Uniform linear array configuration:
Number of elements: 8
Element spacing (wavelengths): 0.25
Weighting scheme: kaiser
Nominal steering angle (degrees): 30
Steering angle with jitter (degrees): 31.15
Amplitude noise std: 0.05
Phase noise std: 0.05

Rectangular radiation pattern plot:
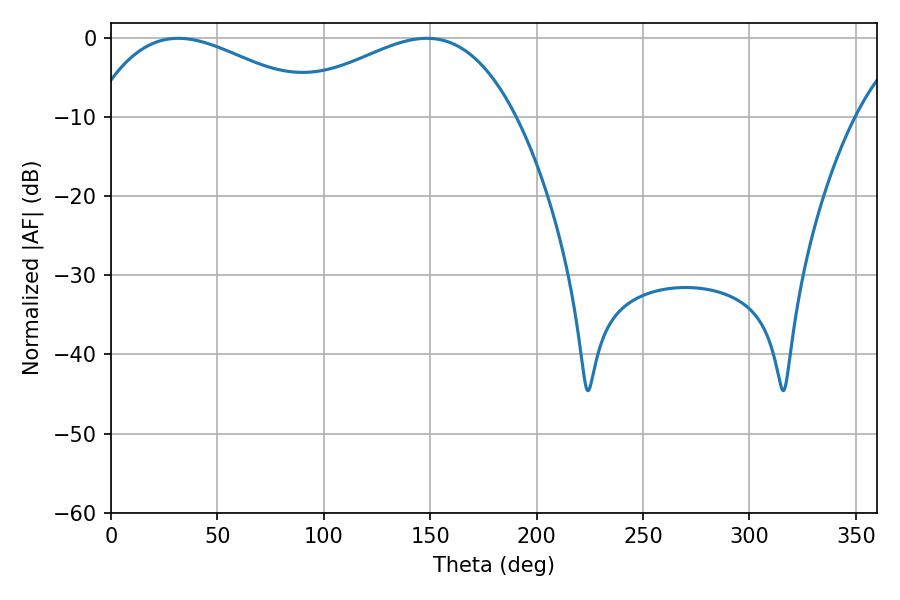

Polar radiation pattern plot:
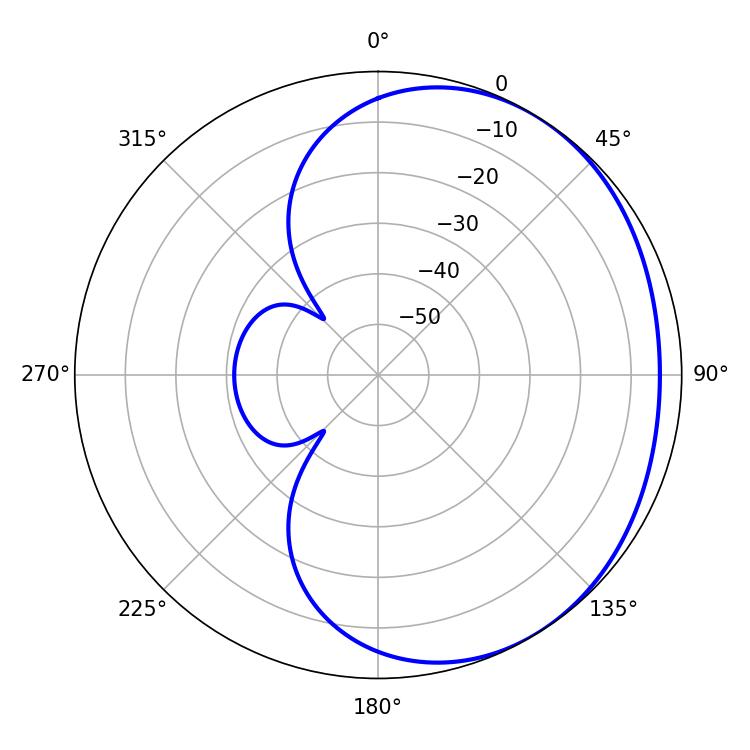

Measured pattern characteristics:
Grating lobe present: FALSE
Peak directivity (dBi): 2.006
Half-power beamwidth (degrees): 60.12
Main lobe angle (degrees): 31.68